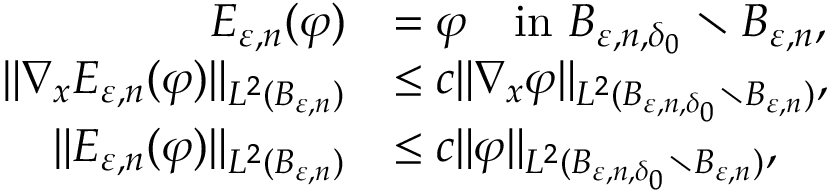
\begin{array} { r l } { E _ { \varepsilon , n } ( \varphi ) } & { = \varphi \quad \mathrm { i n ~ } B _ { \varepsilon , n , \delta _ { 0 } } \setminus B _ { \varepsilon , n } , } \\ { \Vert \nabla _ { x } E _ { \varepsilon , n } ( \varphi ) \Vert _ { L ^ { 2 } ( B _ { \varepsilon , n } ) } } & { \leq c \Vert \nabla _ { x } \varphi \Vert _ { L ^ { 2 } ( B _ { \varepsilon , n , \delta _ { 0 } } \setminus B _ { \varepsilon , n } ) } , } \\ { \Vert E _ { \varepsilon , n } ( \varphi ) \Vert _ { L ^ { 2 } ( B _ { \varepsilon , n } ) } } & { \leq c \Vert \varphi \Vert _ { L ^ { 2 } ( B _ { \varepsilon , n , \delta _ { 0 } } \setminus B _ { \varepsilon , n } ) } , } \end{array}